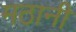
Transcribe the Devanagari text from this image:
मठानी